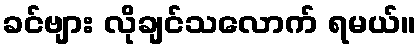
ခင်ဗျား လိုချင်သလောက် ရမယ်။